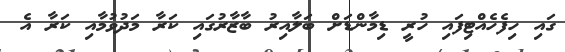
ގައި ހިފެހެއްޓިފައި ހުރީ ޑިމާންޑަށް ބަލާއިރު ބާޒާރުގައި ކަރާ މަދުވުމާއި ކަރާ އެ